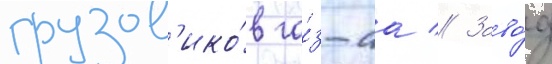
грузов'ико́в га́з-аа // Заво́д